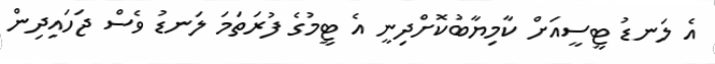
އެ ލަނޑު ޓީސީއަށް ކާމިޔާބުކޮށްދިނީ އެ ޓީމުގެ ފުރަތަމަ ލަނޑު ވެސް ޖަހައިދިން